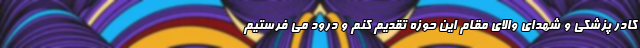
کادر پزشکی و شهدای والای مقام این حوزه تقدیم کنم و درود می فرستیم